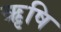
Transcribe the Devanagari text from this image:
ऋृषि